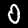
Label: 0